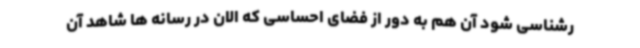
رشناسی شود آن هم به دور از فضای احساسی که الان در رسانه ها شاهد آن